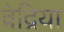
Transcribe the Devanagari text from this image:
वेद्रिया